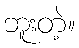
ဘူးတဲ့။